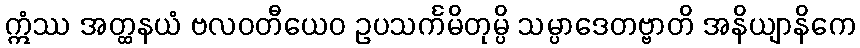
ဣံဿ အတ္ထနယံ ဗလဝတီယေဝ ဥပသင်္ကမိတုမ္ပိ သမ္ပာဒေတဗ္ဗာတိ အနိယျာနိကေ